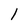
Character: l